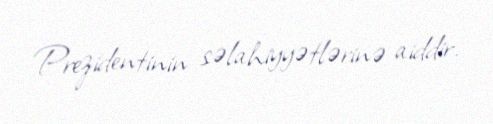
Prezidentinin səlahiyyətlərinə aiddir.